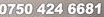
0750 424 6681